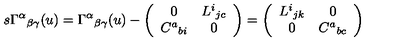
s \Gamma ^ { \alpha } { } _ { \beta \gamma } ( u ) = \Gamma ^ { \alpha } { } _ { \beta \gamma } ( u ) - \left( \begin{array} { c c } { 0 } & { L ^ { i } { } _ { j c } } \\ { C ^ { a } { } _ { b i } } & { 0 } \\ \end{array} \right) = \left( \begin{array} { c c } { L ^ { i } { } _ { j k } } & { 0 } \\ { 0 } & { C ^ { a } { } _ { b c } } \\ \end{array} \right)